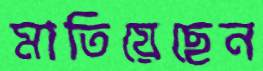
মাতিয়েছেন